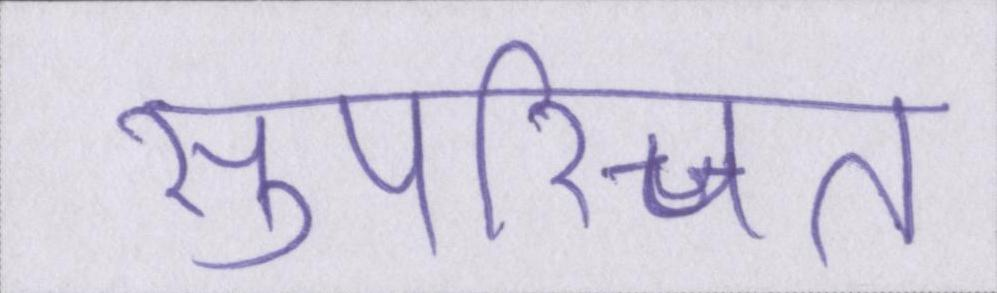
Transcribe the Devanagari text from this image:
सुपरिचित